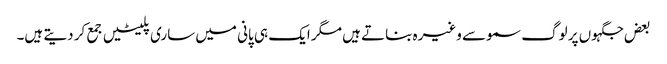
بعض جگہوں پر لوگ سموسے وغیرہ بناتے ہیں مگر ایک ہی پانی میں ساری پلیٹیں جمع کر دیتے ہیں۔